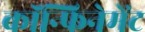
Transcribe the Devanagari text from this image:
कॉन्फिनेमेंट